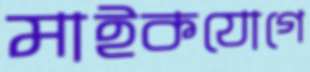
মাইকযোগে